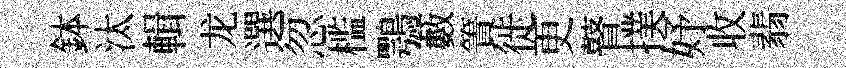
鉢汰輯龙選忽槛鶚藪簀徙更瞽撲妤收翡